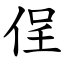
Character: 侱